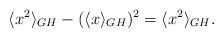
LaTeX: \begin{align*}\langle x^2 \rangle_{GH} - (\langle x \rangle_{GH})^2 = \langle x^2\rangle_{GH}.\end{align*}